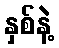
နှစ်နဲ့